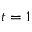
t = 1